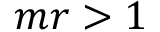
m r > 1